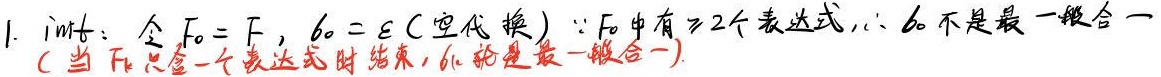
1. init: 令 \(F_0 = F\)，\(\theta_0 = \epsilon\) (空代换)  \(\because F_0\) 中有 \(\geqslant 2\) 个表达式，\(\therefore \theta_0\) 不是最一般合一 (当 \(F\) 只含一个表达式时结束，\(\theta\) 就是最一般合一).